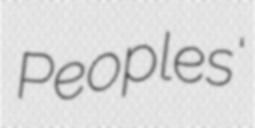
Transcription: Peoples'